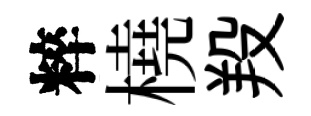
粹橈羖